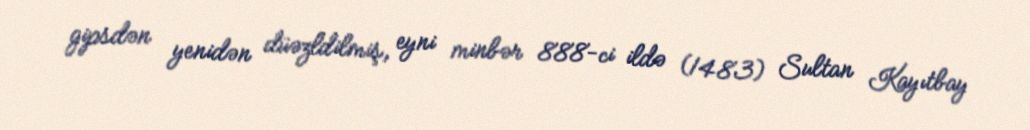
gipsdən yenidən düəzldilmiş, eyni minbər 888-ci ildə (1483) Sultan Kayıtbay